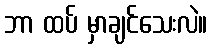
ဘာ ထပ် မှာချင်သေးလဲ။